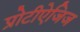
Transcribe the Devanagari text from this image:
प्रोटीऐजिज